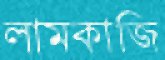
লামকাজি